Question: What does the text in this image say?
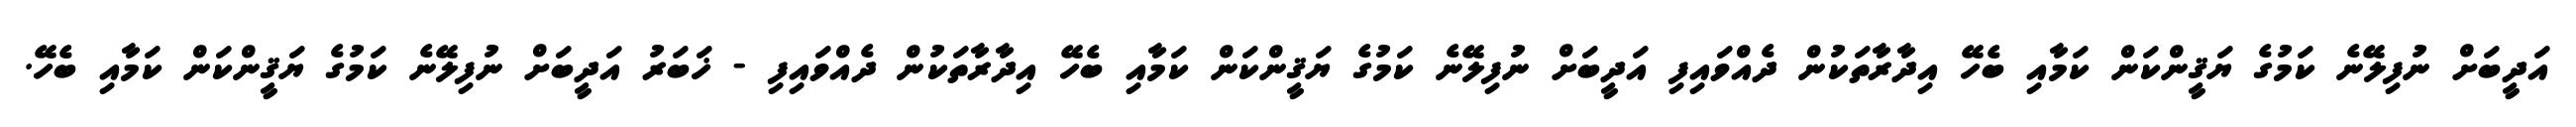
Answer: އަދީބަށް ނުފިލޭނެ ކަމުގެ ޔަޤީންކަން ކަމާއި ބެހޭ އިދާރާތަކުން ދެއްވައިފި އަދީބަށް ނުފިލޭނެ ކަމުގެ ޔަޤީންކަން ކަމާއި ބެހޭ އިދާރާތަކުން ދެއްވައިފި - ޚަބަރު އަދީބަށް ނުފިލޭނެ ކަމުގެ ޔަޤީންކަން ކަމާއި ބެހޭ.